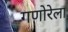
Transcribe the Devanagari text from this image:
गणोरेला